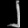
Digit: ၂